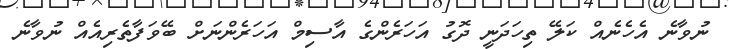
ނުވާނެ އެހެނެއް ކަލޭ ތިހަދަނީ ދޮގު އަހަރެންގެ އާސިމް އަހަރެންނަށް ބޭވަފާތެރިއެއް ނުވާނެ